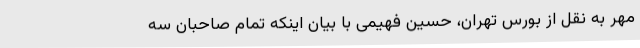
مهر به نقل از بورس تهران، حسین فهیمی با بیان اینکه تمام صاحبان سه